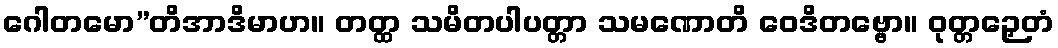
ဂေါတမော”တိအာဒိမာဟ။ တတ္ထ သမိတပါပတ္တာ သမဏောတိ ဝေဒိတဗ္ဗော။ ဝုတ္တဉှေတံ